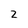
Character: 2